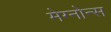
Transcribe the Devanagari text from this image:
मेग्नोन्स